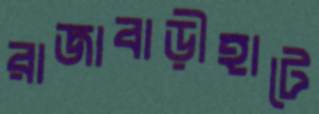
রাজাবাড়ীহাটে